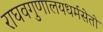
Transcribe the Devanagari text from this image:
राघवगुणालयधर्मसेतो